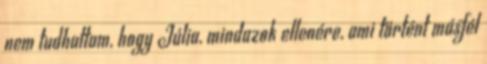
nem tudhattam, hogy Júlia, mindazok ellenére, ami történt másfél